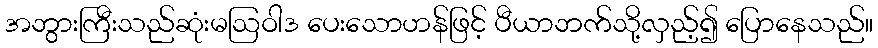
အဘွားကြီးသည်ဆုံးမဩဝါဒ ပေးသောဟန်ဖြင့် ပီယာဘက်သို့လှည့်၍ ပြောနေသည်။